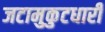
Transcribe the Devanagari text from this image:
जटामुकुटधारी